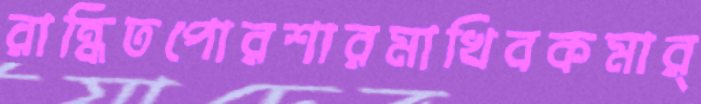
রান্ধিতপোরশারমাখিবকমার্